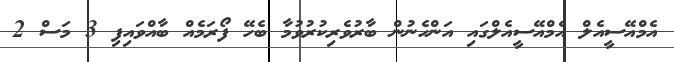
އެމްއޭސީއެލް އެމްއޭސީއެލްގައި އަންހެނުން ބާރުވެރިކުރުވުމާ ބެހޭ ފޯރަމެއް ބާއްވައިފި 3 މަސް 2